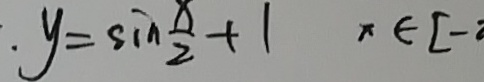
y = \sin \frac { x } { 2 } + 1 x \in [ -